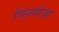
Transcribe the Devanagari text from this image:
चिलगोज़ा